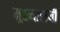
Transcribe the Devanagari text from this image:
मुख्यालयी